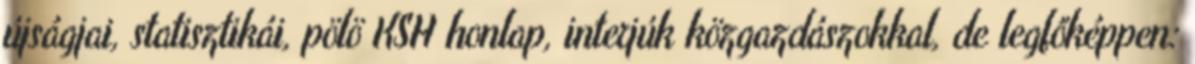
újságjai, statisztikái, pölö KSH honlap, interjúk közgazdászokkal, de legfőképpen: